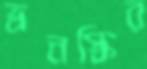
ভ্রনস্কির